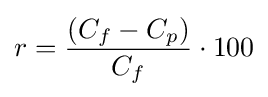
r={(C_{f}-C_{p}) \over C_{f}}\cdot 100